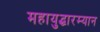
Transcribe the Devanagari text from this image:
महायुद्धारम्यान